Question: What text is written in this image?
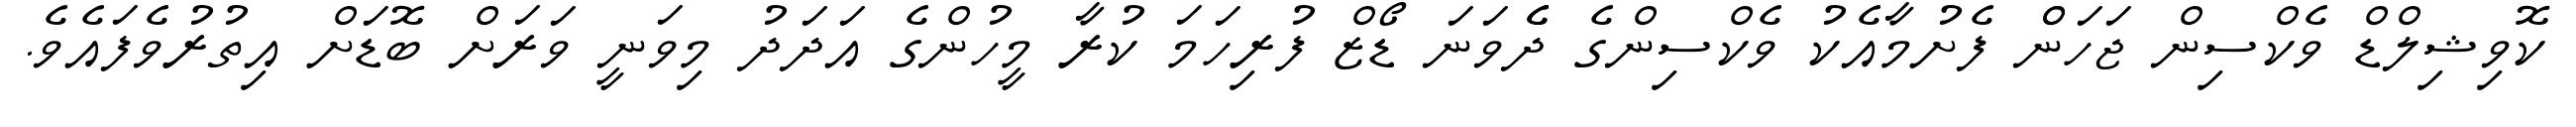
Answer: ކޮވިޝިލްޑް ވެކްސިން ޖަހަންް ފެށުމާއެކު ވެކްސިންގެ ދެެވަނަ ޑޯޒް ފުރިހަމަ ކުރާ މީހުންގެ އަދަދު މިވަނީ ވަރަށް ބޮޑަށް އިތުރުވެފައެވެ.